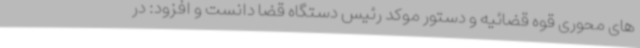
های محوری قوه قضائیه و دستور موکد رئیس دستگاه قضا دانست و افزود: در